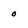
Character: 0